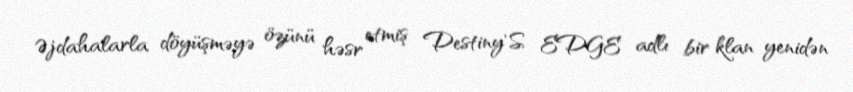
Əjdahalarla döyüşməyə özünü həsr etmiş Destiny'S EDGE adlı bir klan yenidən